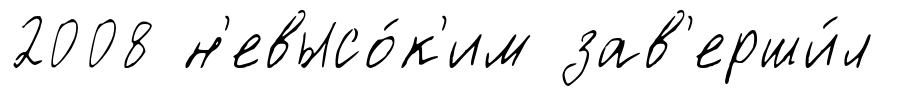
2008 н'евысо́к'им зав'ерши́л